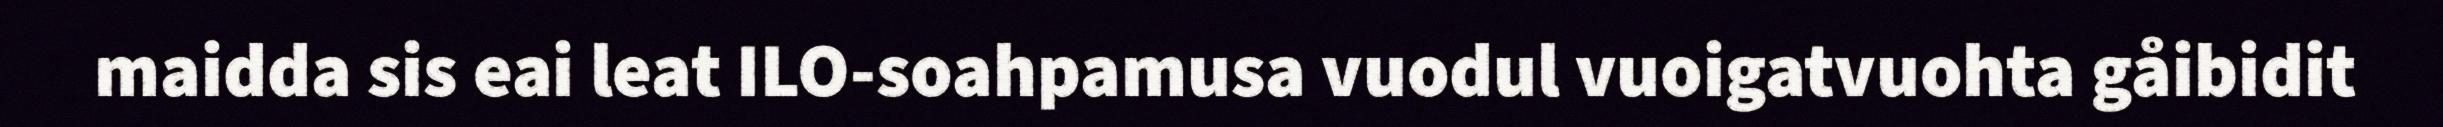
maidda sis eai leat ILO-soahpamusa vuodul vuoigatvuohta gåibidit